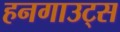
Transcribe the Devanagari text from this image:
हनगाउट्स